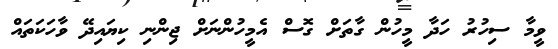
ވީމާ ސިހުރު ހަދާ މީހުން ގާތަށް ގޮސް އެމީހުންނަށް ޖިންނި ކިޔައިދޭ ވާހަކަތައް